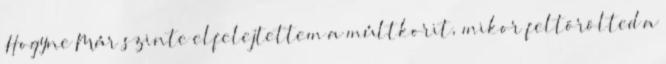
Hogyne Már szinte elfelejtettem a múltkorit, mikor feltörölted a